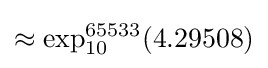
\approx \exp _{10}^{65533}(4.29508)